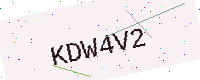
Text: KDW4V2